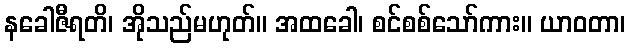
နခေါဇီရတိ၊ အိုသည်မဟုတ်။ အထခေါ၊ စင်စစ်သော်ကား။ ယာဝတာ၊